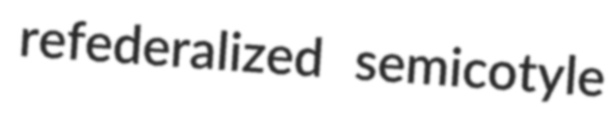
refederalized semicotyle